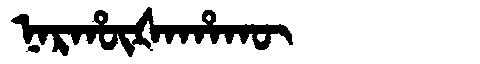
Manchu: ᠨᠠᡵᡥᡡᡧᠠᡥᠠᡴᡡ
Romanization: NARHŪŠAHAKŪ